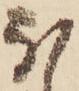
ほ